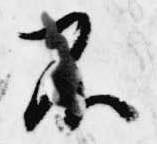
不